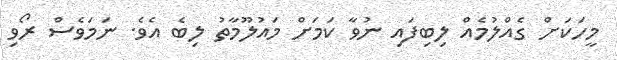
މީހަކަށް ގެއްލުމެއް ލިބިފައި ނުވާ ކަަމަށް މައުލޫމާތު ލިބެ އެވެ. ނަމަވެސް ރޯވި